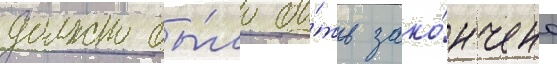
должно бы́ло бы́ть зако́нчено